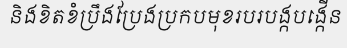
និងខិតខំប្រឹងប្រែងប្រកបមុខរបរបង្កបង្កើន